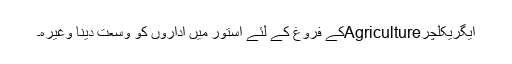
ایگریکلچرAgricultureکے فروغ کے لئے استور میں اداروں کو وسعت دینا وغیرہ۔